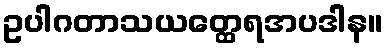
ဥပါဂတာသယတ္ထေရအပဒါန။